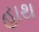
હાથ